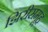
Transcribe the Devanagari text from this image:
झिरीसमूह